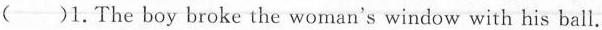
( )1. The boy broke the woman's window with his ball.